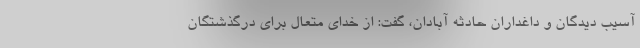
آسیب دیدگان و داغداران حادثه آبادان، گفت: از خدای متعال برای درگذشتگان